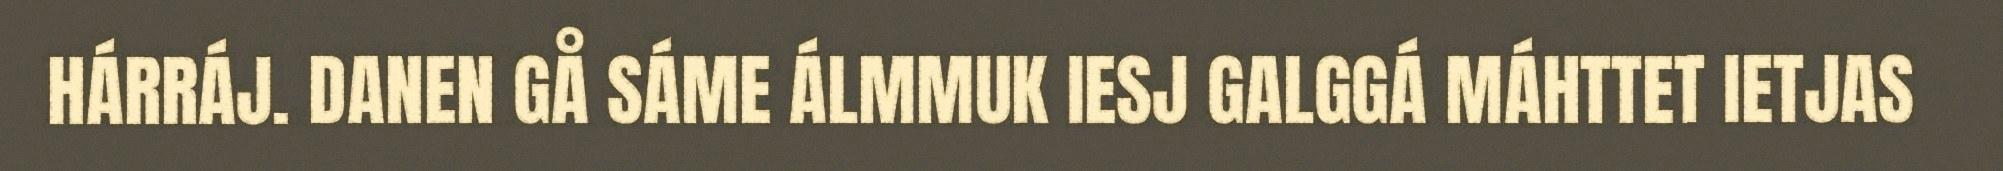
HÁRRÁJ. DANEN GÅ SÁME ÁLMMUK IESJ GALGGÁ MÁHTTET IETJAS